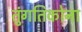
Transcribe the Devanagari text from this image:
तुंगतिकोना